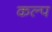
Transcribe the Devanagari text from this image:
कल्‍प